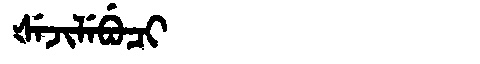
Manchu: ᡧᡝᠵᡳᠯᡝᠪᡠᠴᡳ
Romanization: ŠEJILEBUCI